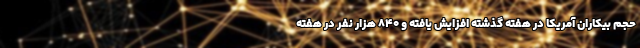
حجم بیکاران آمریکا در هفته گذشته افزایش یافته و ۸۴۰ هزار نفر در هفته